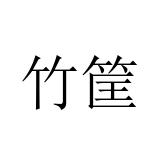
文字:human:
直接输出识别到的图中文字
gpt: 竹筐